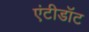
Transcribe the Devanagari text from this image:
एंटीडाॅट